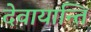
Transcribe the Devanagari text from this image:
देवायान्ति